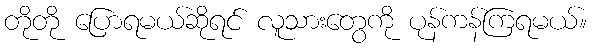
တိုတို ပြောရမယ်ဆိုရင် လူသားတွေကို ပုန်ကန်ကြရမယ်။